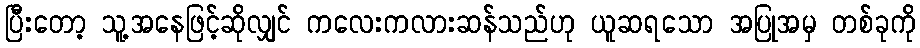
ပြီးတော့ သူ့အနေဖြင့်ဆိုလျှင် ကလေးကလားဆန်သည်ဟု ယူဆရသော အပြုအမှ တစ်ခုကို